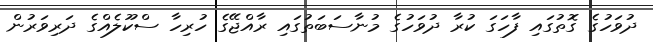
ދުވަހުގެ ގޮތުގައި ފާހަގަ ކުރާ ދުވަހުގެ މުނާސަބަތުގައި ރާއްޖޭގެ ހުރިހާ ސްކޫލެއްގެ ދަރިވަރުން